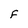
Character: F